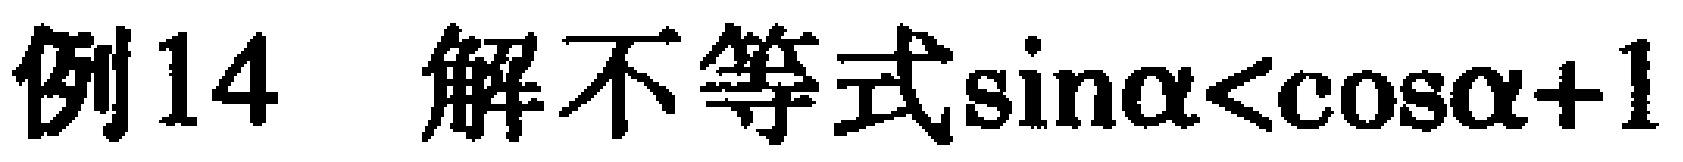
例14 解不等式\(\sin\alpha<\cos\alpha + 1\)